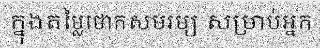
ក្នុងតម្លៃថោកសមរម្យ សម្រាប់អ្នក